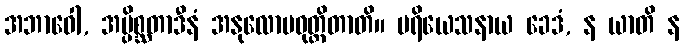
အဘာဝေါ, အပ္ပိစ္ဆတာဒီနံ အနုလောမဝုတ္တိတာတိ။ ပရိယေသနာယ ခေဒံ, န ယာတိ န